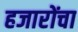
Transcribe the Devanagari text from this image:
हजारोंचा